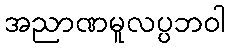
အညာဏမူလပ္ပဘဝါ